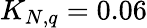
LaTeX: K_{N,q}=0.06